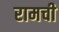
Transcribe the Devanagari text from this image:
रामची